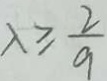
\lambda \geq \frac { 2 } { 9 }